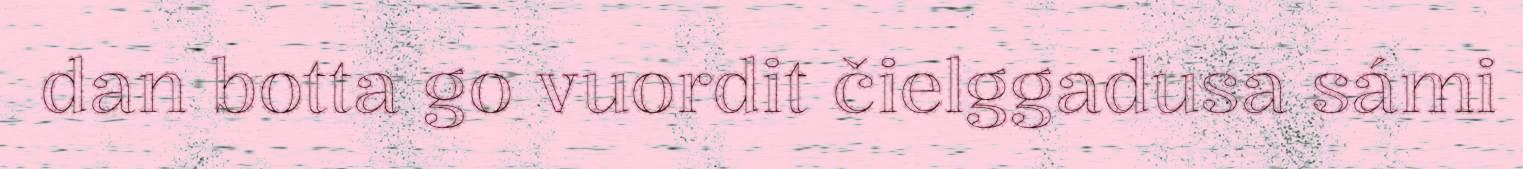
dan botta go vuordit čielggadusa sámi